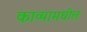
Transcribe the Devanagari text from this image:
काव्यामधील